Vital statistics of India. Vol. V, Reports of 1876 on armies & jails and on epidemic cholera
Year: 1876
Disease focus: Cholera
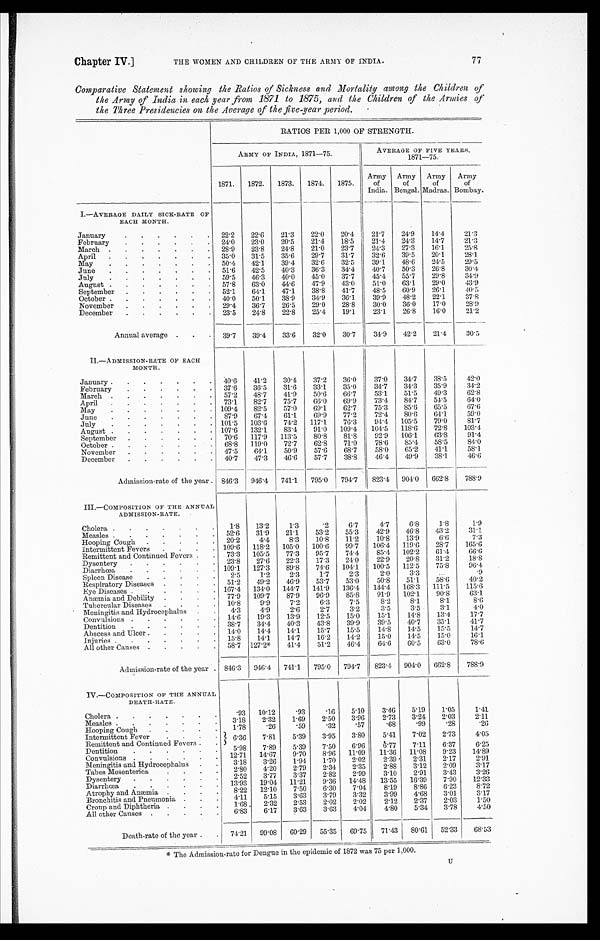
Chapter IV.]
THE WOMEN AND CHILDREN OF THE ARMY OF INDIA.
77
Comparative Statement showing the Ratios of Sickness and Mortality among the Children of
the Army of India in each year from 1871 to 1875, and the Children of the Armies of
the Three Presidencies o n the Average of the five-year period.
RATIOS PER 1,000 OF STRENGTH.
ARMY OF INDIA, 1871-75.
AVERAGE OF FIVE YEARS,
1871-75.
1871.
1872.
1873.
1874.
1875.
Army
of
India.
Army
of
Bengal.
Army
of
Madras.
Army
of
Bombay.
I.—AVERAGE DAILY SICK-RATE OF
EACH MONTH.
January . . . 22.2
22.6
21.3
22.0
20.4
21.7
24.9
14.4
21.3
February . . . 24.0
23.0
20.5
21.4
18.5
21.4
24.3
14.7
21.3
March . . .
28.9
23.8
24.8
21.0
23.7
24.3
27.3
16.1
25.8
April . . .
35.0
31.5
35.6
29.7
31.7
32.6
39.5
20.1
28.1
May . . . 50.4
42.1
39.4
32.6
32.5
39.1
48.6
24.5
29.5
June . . .
51.6
42.5
40.3
36.3
34.4
40.7
50.3
26.8
30.4
July . . .
59.5
46.3
40.0
45.0
37.7
45.4
55.7
29.8
34.9
August . . .
57.8
63.0
44.6
47.9
43.0
51.0
63.1
29.0
43.9
September . . . 52.1
64.1
47.1
38.8 41.7
48.5
60.9
26.1
40.5
October . . .
40.0
50.1
38.9
34.9
36.1
39.9
48.2
22.1
37.8
November . . .
29.4
36.7
26.5
29.0
28.8
30.0
36.0
17.0
28.9
December . . . 23.5
24.8
22.8
25.4
19.1
23.1
26.8
16.0
21.2
Annual average . . .
39.7
39.4
33.6
32.0
30.7
34.9
42.2
21.4
30.5
II.—ADMISSION-RATE OF EACH
MONTH.
January . . . 40.6
41.2
30.4
37.2
36.0
37.0
34.7
38.5
42.0
February . . . 37.6
36.5
31.6
33.1
35.0
34.7
34.3
35.9
34.2
March . . . 57.2
48.7
41.9
50.6
66.7
53.1
51.5
49.3
6 2 . 8
April . . . 73.1
82.7
75.7
66.0
69.9
73.4
84.7
54.5
64.0
May . . . 109.4
82.5
57.0
69.1
62.7
75.3
85.6
65.5
67.6
June . . .
87.9
67.4
61.1
69.9
77.2
72.4
80.6
64.1
59.0
July . . . 101.5
103.6
74.2
117.1
76.3
94.4
105.5
79.0
81.7
August . . . 107.6
132.1
83.4
91.0
109.4
104.5
118.6
72.8
103.4
September . . . 70.6
117.9
113.5
80.8
81.8
92.9
106.1
63.8
91.4
October . . . 68.8
119.0
72.7
62.8
71.0
78.6
85.4
58.5
84.0
November . . . 47.5
64.1
50.9
57.6
68.7
58.0
65.2
41.1
58.1
December . . . 40.7
47.3
46.6
57.7
38.8
46.4
49.9
38.1
4 6 . 6
Admission-rate of the year . . . 846.3
946.4
741.1
795.0
794.7
823.4
904.0
662.8
788.9
III.—COMPOSITION OF THE ANNUAL
ADMISSION-RATE.
Cholera . . .
1.8
13.2
1.3
.2
6.7
4.7
6.8
1.8
1.9
Measles . . . 52.6
31.9
21.1
53.2
55.3
42.9
46.8
43.2
31.1_
Hooping Cough . . . 20.2
4.4
8.3
10.8
11.2
10.8
13.9
6.6
7.3
Intermittent Fevers . . . 109.6
118.2
105.0
100.6
99.7
106.4
119.6
28.7
165.6
Remittent and Continued Fevers . . . 73.3
105.5
77.3
95.7
74.4
85.4
102.2
61.4
6 6 . 6
23.8
27.6
22.3
17.3
24.0
22.9
20.8
31.2
1 8 . 8
Dysentery . . .
Diarrhœa . . . 109.1
127.3
89.8
74.6
104.1
100.5
112.5
75.8
96.4
Spleen Disease . . .
2.5
1.2
2.3
1.7
2.3
2.0
3.3
. . .
.9
Respiratory Diseases . . . 51.2
49.2
46.9
53.7
53.0
50.8
51.1
58.6
40.2
Eye Diseases . . . 167.4
134.0
144.7
141.9
136.4
144.4
168.3
111.5
115.6
Anæmia and Debility . . . 77.9
109.7
87.9
96.9
85.8
91.9
102.1
90.8
63.1.
Tubercular Diseases . . . 10.8
9.9
7.2
6.3
7.5
8.2
8.1
8.1
8 . 6
Meningitis and Hydrocephalus . . .
4.3
4.9
2.6
2.7
3.2
3.5
3.5
3.1
4.0
Convulsions . . . 14.6
19.3
13.9
12.5
15.0
15.1
14.8
13.4
17.7
Dentition . . . 38.7
34.4
40.3
43.8
39.9
39.5
40.7
35.1
41.7
Abscess and Ulcer . . . 14.0
14.4
14.1
15.7
15.5
14.8
14.5
15.5
14.7
Injuries . . . 15.8
14.1
14.7
16.2
14.2
15.0
14.5
15.0
16.1
All other Causes . . . 58.7 127.2*
41.4
51.2
46.4
64.6
60.5
63.0
78.6
A d m i s s i o n - r a t e o f t h e y e a r . . . 846.3
946.4
741.1
795.0
I
794.7
823.4
904.0
662.8
788.9
IV.—COMPOSITION OF THE ANNUAL
DEATH-RATE.
Cholera . . .
.93
10.12
.93
.16
5.10
3.46
5.19
1.05
1.41
3.96
2.73
3.24
2.03
2.50
2.11
Measles . . .
3.18
2.32
1.69
.68
99
.28
.26
.57
Hooping Cough . . .
1.78
.26
.59
.32
Intermittent Fever . . .
6.36
7.81
5.39
3.95
3.80
5.41
7.02
2.73
4.05
Remittent and Continued Fevers. . . .
7.89
5.39
7.50
6.96
6.77
7.11
6.37
6.25
5.98
Dentition . . .
12.71
14.67
9.70
8.96
11.09
11.36
11.08
9.23
14.89
Convulsions . . .
3.18
3.26
1.94
1.70
2.02
2.39
2.31
2.17
2.91
Meningitis and Hydrocephalus . . .
2.80
4.20
2.79
2.34
2.35
2.88
3.12
2.09
3.17
Tabes Mesenterica . . .
2.52
3.77
3.37
2.82
2.99
3.10
2.91
3.43
3.26
Dysentery . . .
13.93
19.04
11.21
9.36
14.48
13.55
16.39
7.90
12.33
D i a r r h œ a . . .
8.22
12.10
7.50
6.30
7.04
8.19
8.86
6.23
8.72
Atrophy and Anæmia . . .
3.01
3.17
4.68
Bronchitis and Pneumonia . . .
4.11
5.15
3.63
3.79
3.32
3.99
2.37
2.03
1.50
Croup and Diphtheria . . .
1.68
2.32
2.53
2.02
2.02
2.12
3.63
4.04
4.80
5.34
3.78
4.50
3.63
All other Causes . . .
6.83
6.17
Death-rate of the year.
74.21
90.08
60.29
55.35
69.75
71.43
80.61
52.33
68.53
* The Admission-rate for Dengue in the epidemic of 1872 was 75 per 1,000.